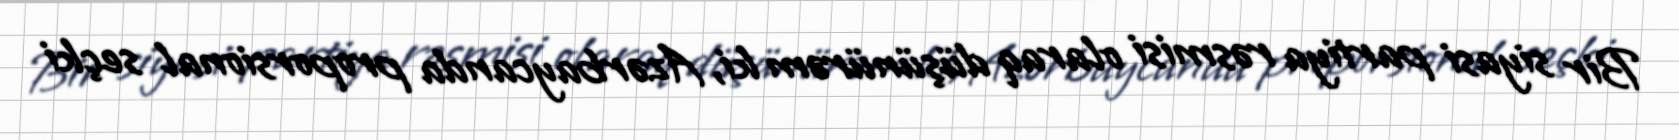
Bir siyasi partiya rəsmisi olaraq düşünürəm ki, Azərbaycanda proporsional seçki